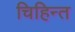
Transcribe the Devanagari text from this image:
चिहिन्त